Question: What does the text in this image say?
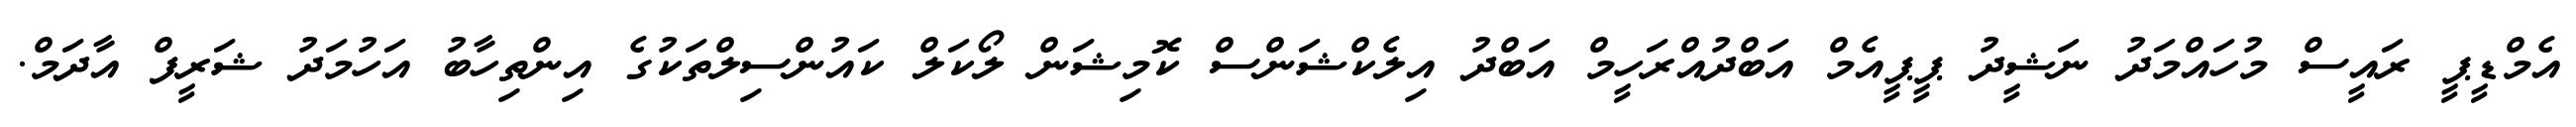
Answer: އެމްޑީޕީ ރައީސް މުހައްމަދު ނަޝީދު ޕީޕީއެމް އަބްދުއްރަހީމް އަބްދު އިލެކްޝަންސް ކޮމިޝަން ލޯކަލް ކައުންސިލްތަކުގެ އިންތިހާބު އަހުމަދު ޝަރީފް އާދަމް.